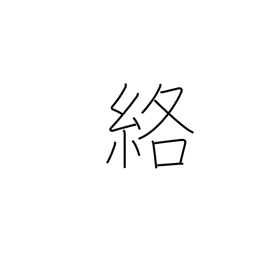
Meaning: get caught in